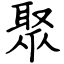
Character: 聚